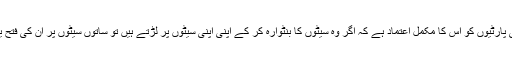
دونوں ہی پارٹیوں کو اس کا مکمل اعتماد ہے کہ اگر وہ سیٹوں کا بنٹوارہ کر کے اپنی اپنی سیٹوں پر لڑتے ہیں تو ساتوں سیٹوں پر ان کی فتح یقینی ہے۔